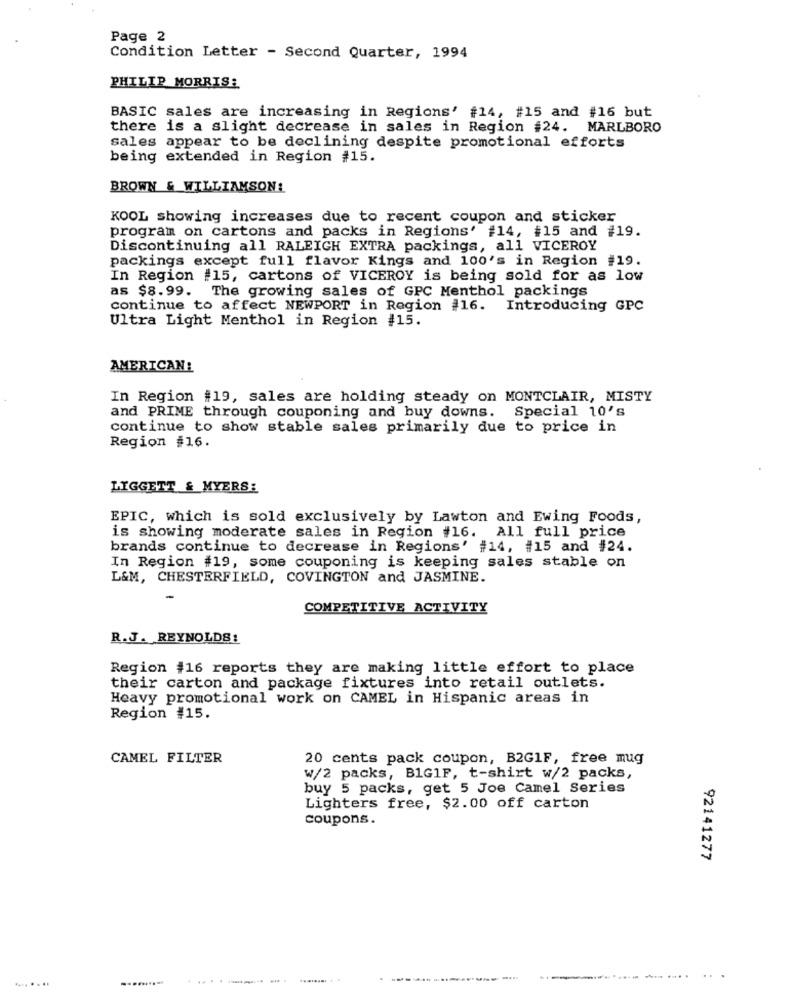
Page 2
Condition Letter - Second Quarter, 1994
PHILIP MORRIS
BASIC sales are increasing in Regions' #14, #15 and #16 but
there is a slight decrease in sales in Region #24. MARLBORO
sales appear to be declining despite promotional efforts
being extended in Region #15.
BROWN & WILLIAMSON!
KOOL showing increases due to recent coupon and sticker
program on cartons and packs in Regions' #14, #15 and #19.
Discontinuing all RALEIGH EXTRA packings, all VICEROY
packings except full flavor Kings and 100's in Region #19.
In Region #15, cartons of VICEROY is being sold for as low
as $8.99. The growing sales of GPC Menthol packings
continue to affect NEWPORT in Region #16. Introducing GPC
Ultra Light Menthol in Region #15.
AMERICAN!
In Region #19, sales are holding steady on MONTCLAIR, MISTY
and PRIME through couponing and buy downs. Special 10's
continue to show stable sales primarily due to price in
Region #16.
LIGGETT & MYERS:
EPIC, which is sold exclusively by Lawton and Ewing Foods,
is showing moderate sales in Region #16. All full price
brands continue to decrease in Regions' #14, #15 and #24.
In Region #19, some couponing is keeping sales stable on
L&M, CHESTERFIELD, COVINGTON and JASMINE.
COMPETITIVE ACTIVITY
R.J. REYNOLDS!
Region #16 reports they are making little effort to place
their carton and package fixtures into retail outlets.
Heavy promotional work on CAMEL in Hispanic areas in
Region #15.
CAMEL FILTER
20 cents pack coupon, B2G1F, free mug
w/2 packs, B1G1F, t-shirt w/2 packs,
buy 5 packs, get 5 Joe Camel Series
Lighters free, $2.00 off carton
coupons.
92141277
........ ..
... ... .